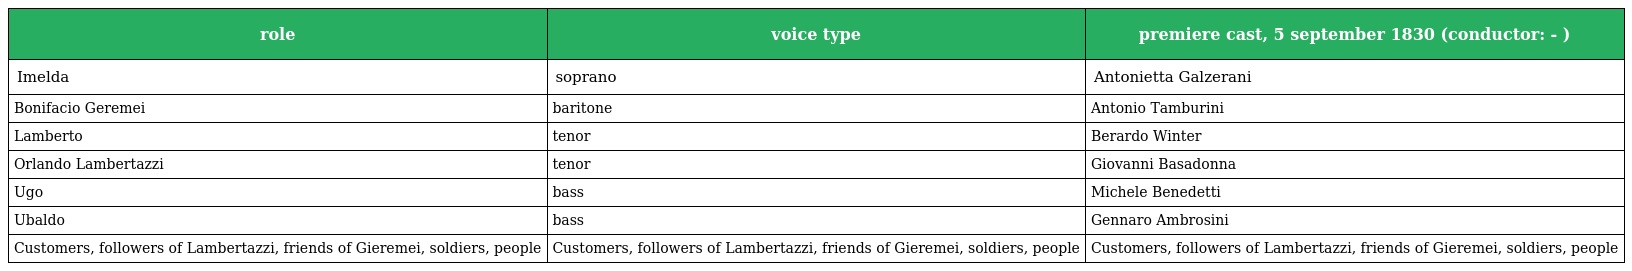
| role | voice type | premiere cast, 5 september 1830 (conductor: - ) |
 | --- | --- | --- |
 | Imelda | soprano | Antonietta Galzerani |
 | Bonifacio Geremei | baritone | Antonio Tamburini |
 | Lamberto | tenor | Berardo Winter |
 | Orlando Lambertazzi | tenor | Giovanni Basadonna |
 | Ugo | bass | Michele Benedetti |
 | Ubaldo | bass | Gennaro Ambrosini |
 | Customers, followers of Lambertazzi, friends of Gieremei, soldiers, people | Customers, followers of Lambertazzi, friends of Gieremei, soldiers, people | Customers, followers of Lambertazzi, friends of Gieremei, soldiers, people |